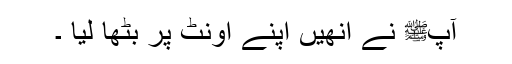
آپﷺ نے انھیں اپنے اونٹ پر بٹھا لیا ۔